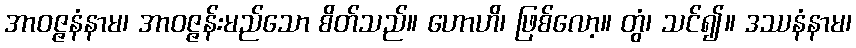
အာဝဇ္ဇနံနာမ၊ အာဝဇ္ဇန်းမည်သော စိတ်သည်။ ဟောဟိ၊ ဖြစ်လော့။ တွံ၊ သင်၍။ ဒဿနံနာမ၊